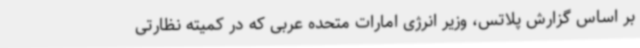
بر اساس گزارش پلاتس، وزیر انرژی امارات متحده عربی که در کمیته نظارتی